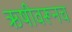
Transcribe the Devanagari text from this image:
ऋषीवरूनच